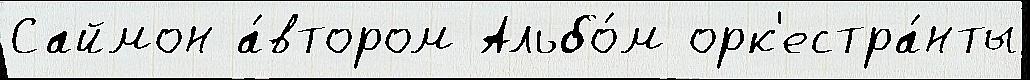
Саймон а́втором Альбо́м орк'естра́нты